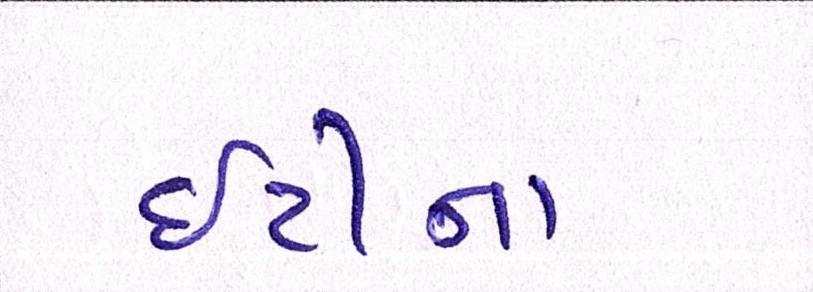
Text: ઇટીના